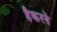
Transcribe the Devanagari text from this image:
हैकरने